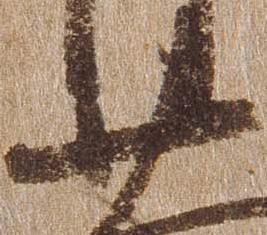
廿